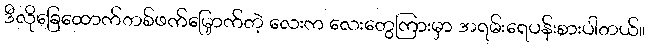
ဒီလိုခြေထောက်တစ်ဖက်မြှောက်တဲ့ လေးက လေးတွေကြားမှာ အရမ်းရေပန်းစားပါတယ်။